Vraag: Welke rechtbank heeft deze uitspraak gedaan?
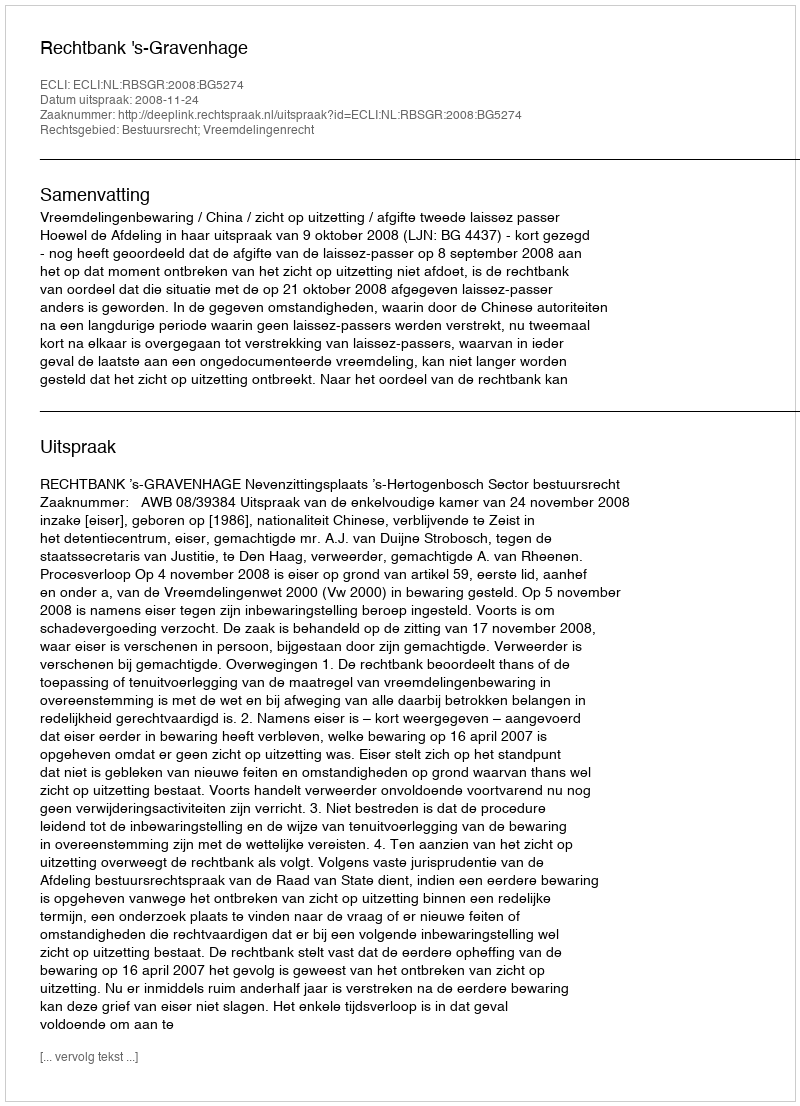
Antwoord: Rechtbank 's-Gravenhage